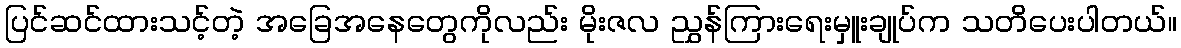
ပြင်ဆင်ထားသင့်တဲ့ အခြေအနေတွေကိုလည်း မိုးဇလ ညွှန်ကြားရေးမှူးချုပ်က သတိပေးပါတယ်။